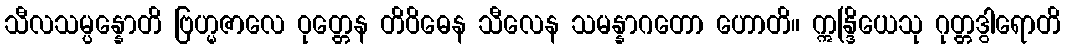
သီလသမ္ပန္နောတိ ဗြဟ္မဇာလေ ဝုတ္တေန တိဝိဓေန သီလေန သမန္နာဂတော ဟောတိ။ ဣန္ဒြိယေသု ဂုတ္တဒွါရောတိ